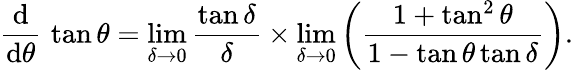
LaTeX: {\frac{\operatorname{d}}{\operatorname{d}\! \theta}}\, \tan\theta=\operatorname*{lim}_{\delta\to 0}{\frac{\tan\delta}{\delta}}\times\operatorname*{lim}_{\delta\to 0}\left({\frac{1+\tan^{2}\theta}{1-\tan\theta\tan\delta}}\right).